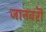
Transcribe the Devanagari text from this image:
जानवरॊ